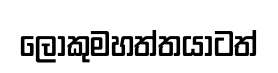
ලොකුමහත්තයාටත්